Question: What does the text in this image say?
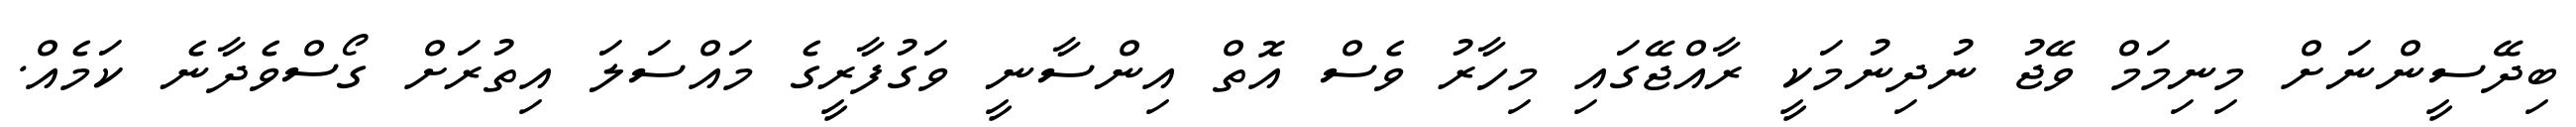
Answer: ބިދޭސީންނަށް މިނިމަމް ވޭޖު ނުދިނުމަކީ ރާއްޖޭގައި މިހާރު ވެސް އޮތް އިންސާނީ ވަގުފާރީގެ މައްސަލަ އިތުރަށް ގޯސްވެދާނެ ކަމެއް.